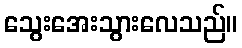
သွေးအေးသွားလေသည်။